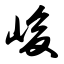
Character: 峻